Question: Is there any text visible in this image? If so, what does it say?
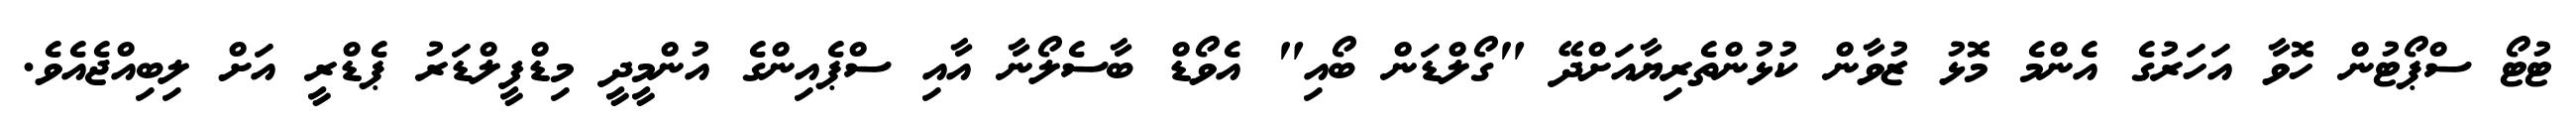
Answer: ޓުޓޯ ސްޕޯޓުން ހޮވާ އަހަރުގެ އެންމެ މޮޅު ޒުވާން ކުޅުންތެރިޔާއަށްދޭ "ގޯލްޑަން ބޯއި" އެވޯޑް ބާސެލޯނާ އާއި ސްޕެއިންގެ އުންމީދީ މިޑްފީލްޑަރު ޕެޑްރީ އަށް ލިބިއްޖެއެވެ.